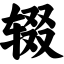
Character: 辍